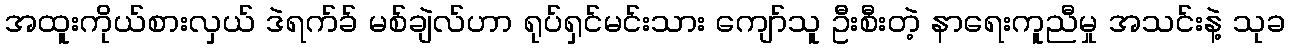
အထူးကိုယ်စားလှယ် ဒဲရက်ခ် မစ်ချဲလ်ဟာ ရုပ်ရှင်မင်းသား ကျော်သူ ဦးစီးတဲ့ နာရေးကူညီမှု အသင်းနဲ့ သုခ